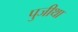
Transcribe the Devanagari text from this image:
पुजीथा